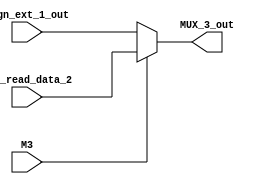
`timescale 1ns / 1ps
module MUX_3 (
    M3,
    Sign_ext_1_out,
    Reg_read_data_2,
    MUX_3_out
    );

parameter N=16;

input [N-1:0] Sign_ext_1_out;
input [N-1:0] Reg_read_data_2;
input M3;
output reg [N-1:0] MUX_3_out;

always @ (*)
    
    begin 
    if (M3==0)
    MUX_3_out = Sign_ext_1_out;
    
    else 
    MUX_3_out= Reg_read_data_2;
    end

endmodule